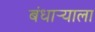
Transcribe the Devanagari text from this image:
बंधार्‍याला